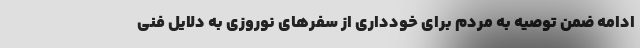
ادامه ضمن توصیه به مردم برای خودداری از سفرهای نوروزی به دلایل فنی